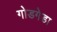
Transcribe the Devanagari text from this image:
गोडगेडा